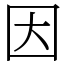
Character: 因